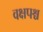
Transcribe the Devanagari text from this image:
वक्षपश्च